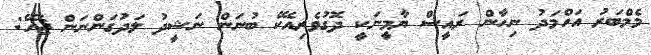
މެމްބަރު އަހްމަދު ނިހާން ރައީސް ޔާމީނަކީ ދޮގުވެރިއެކޭ ބުނަން ނަޝީދު ލަދުގަންނަން ޖެހޭ: